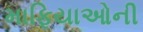
માફિયાઓની